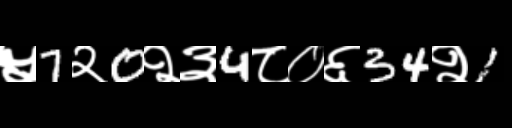
Text: ५7२0२३4८०६34२1